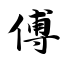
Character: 傅